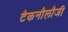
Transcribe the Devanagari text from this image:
टैकनौेलौजी